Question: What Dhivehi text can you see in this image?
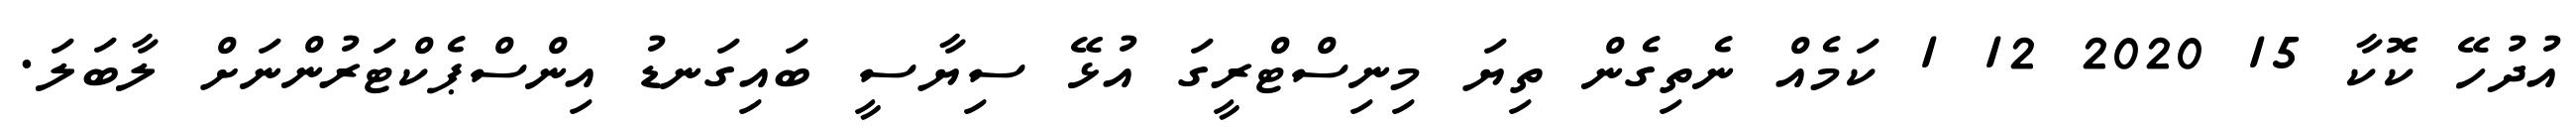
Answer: އުދުހޭ ކޮކާ 15 2020 12 1 ކަމެއް ނެތިގެން ތިޔަ މިނިސްޓްރީގަ އުޅޭ ސިޔާސީ ބައިގަނޑު އިންސްޕެކްޓަރުންނަށް ލާބަލަ.